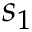
s _ { 1 }